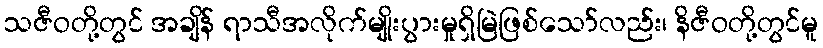
သဇီဝတို့တွင် အချိန် ရာသီအလိုက်မျိုးပွားမှုရှိမြဲဖြစ်သော်လည်း၊ နိဇီဝတို့တွင်မူ